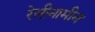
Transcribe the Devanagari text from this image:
रेसीनामीन